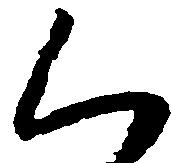
く